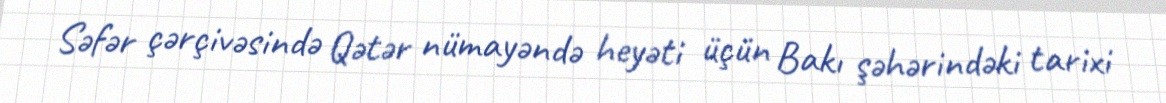
Səfər çərçivəsində Qətər nümayəndə heyəti üçün Bakı şəhərindəki tarixi